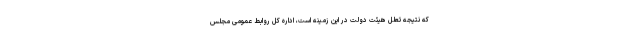
که نتیجه تعلل هیئت دولت در این زمینه است، اداره کل روابط عمومی مجلس